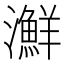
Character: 㶍